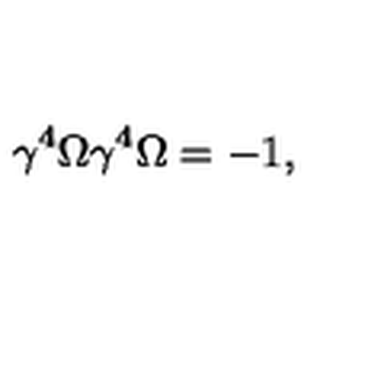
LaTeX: \gamma ^ { 4 } \Omega \gamma ^ { 4 } \Omega = - 1 ,